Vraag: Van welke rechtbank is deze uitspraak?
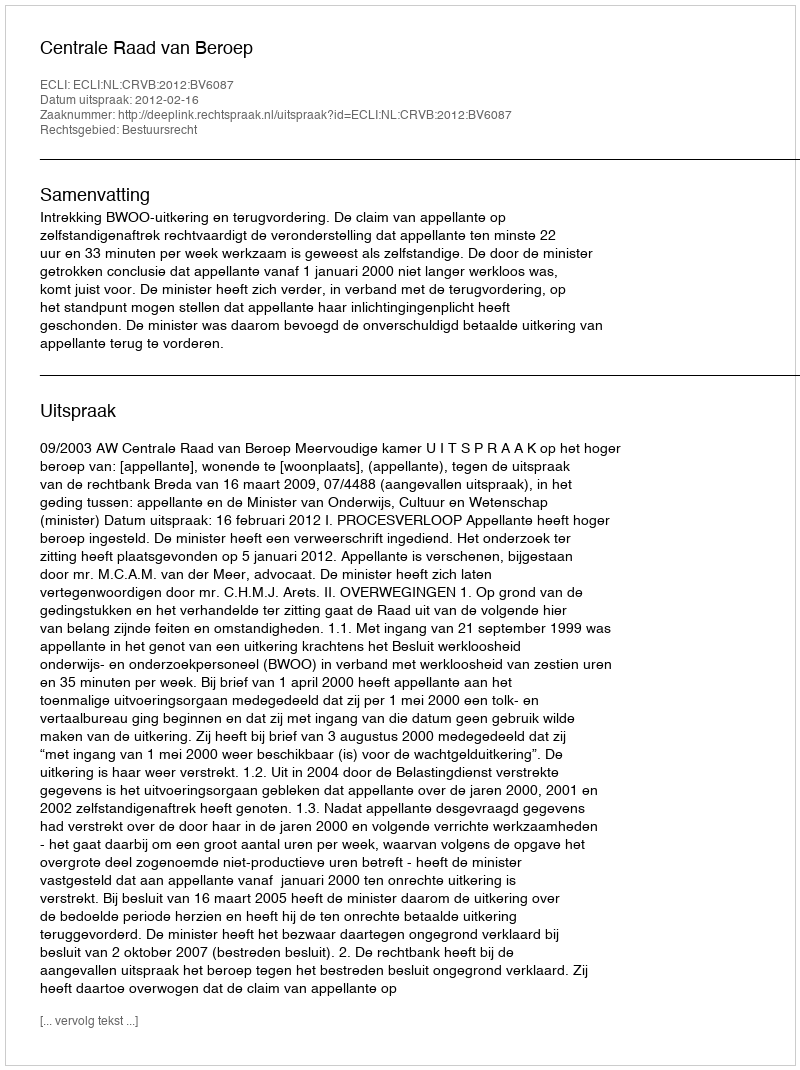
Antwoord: Centrale Raad van Beroep